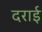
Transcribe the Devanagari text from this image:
दराई